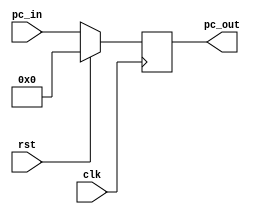
module  PC(
    input          clk,
    input          rst,
    input  [31:0]pc_in,
    output [31:0]pc_out
);

initial begin
    pc_out = 0;
end

always@( posedge clk ) begin
    if( rst )
        pc_out <= 0;
    else 
        pc_out <= pc_in;
end
    
endmodule